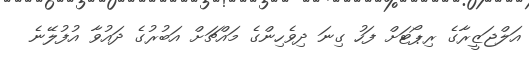
އަލްޖަޒީރާގެ ރިޕޯޓަށް ފަހު ގިނަ ދިވެހިންގެ މައްޗަށް އަބުރުގެ ދައުވާ އުފުލޭނެ